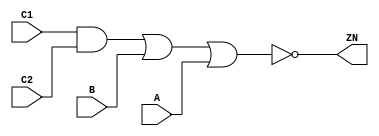
module AOI211_X2 (A, B, C1, C2, ZN);
  input A;
  input B;
  input C1;
  input C2;
  output ZN;

  not(ZN, i_12);
  or(i_12, i_13, A);
  or(i_13, i_14, B);
  and(i_14, C1, C2);


endmodule